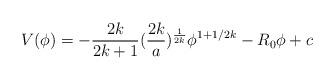
LaTeX: \begin{align*}V(\phi)= -{2k \over 2k+1} ({2k \over a})^{1\over 2k} \phi^{1+ 1/2k} -R_{0} \phi+c\end{align*}